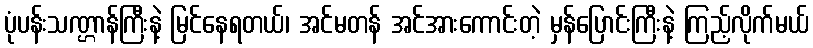
ပုံပန်းသဏ္ဌာန်ကြီးနဲ့ မြင်နေရတယ်၊ အင်မတန် အင်အားကောင်းတဲ့ မှန်ပြောင်းကြီးနဲ့ ကြည့်လိုက်မယ်